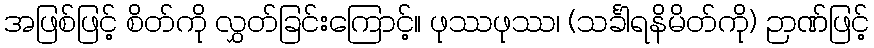
အဖြစ်ဖြင့် စိတ်ကို လွှတ်ခြင်းကြောင့်။ ဖုဿဖုဿ၊ (သင်္ခါရနိမိတ်ကို) ဉာဏ်ဖြင့်